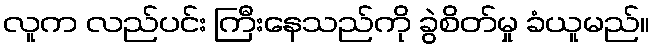
လူက လည်ပင်း ကြီးနေသည်ကို ခွဲစိတ်မှု ခံယူမည်။